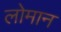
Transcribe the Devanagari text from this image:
लोमान